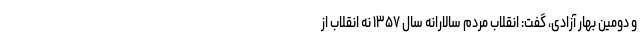
و دومین بهار آزادی، گفت: انقلاب مردم سالارانه سال ۱۳۵۷ نه انقلاب از